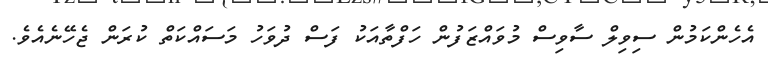
އެހެންކަމުން ސިވިލް ސާވިސް މުވައްޒަފުން ހަފްތާއަކު ފަސް ދުވަހު މަސައްކަތް ކުރަން ޖެހޭނެއެވެ.